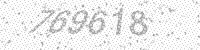
Solution: 769618